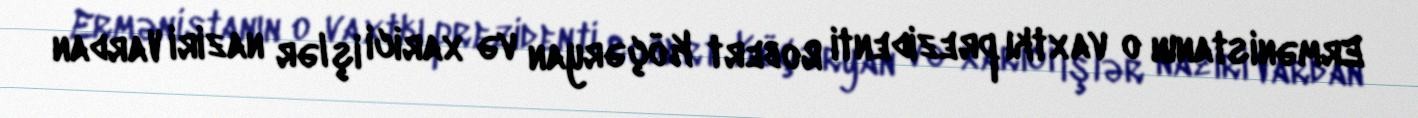
Ermənistanın o vaxtkı prezidenti Robert Köçəryan və xarici işlər naziri Vardan